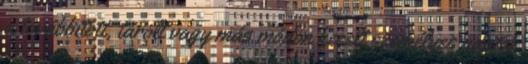
a továbbított, tárolt vagy más módon kezelt személyes adatok